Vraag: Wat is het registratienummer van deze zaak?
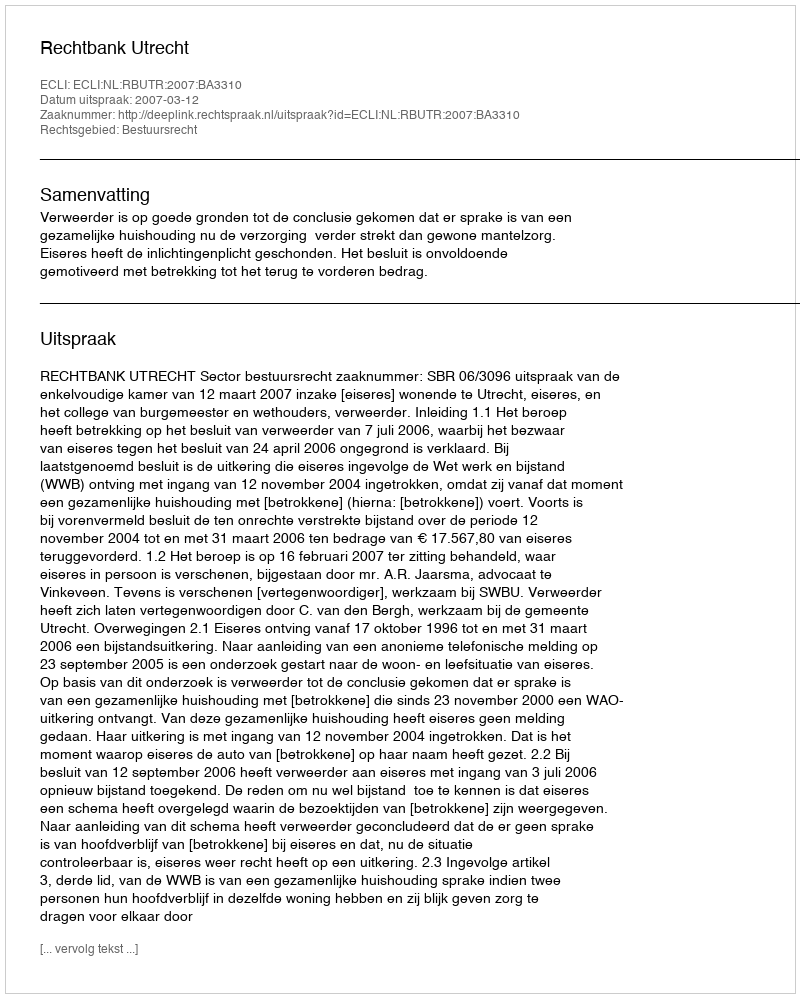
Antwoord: http://deeplink.rechtspraak.nl/uitspraak?id=ECLI:NL:RBUTR:2007:BA3310